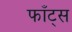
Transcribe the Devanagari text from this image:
फाँट्‌स